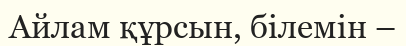
Айлам құрсын, білемін –